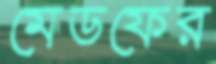
মেডফের